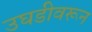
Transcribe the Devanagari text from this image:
उघडीवरून